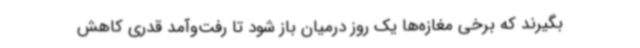
بگیرند که برخی مغازه‌ها یک روز درمیان باز شود تا رفت‌وآمد قدری کاهش